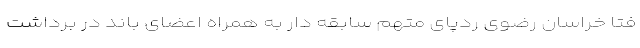
فتا خراسان رضوی ردپای متهم سابقه دار به همراه اعضای باند در برداشت